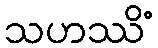
သဟဿိံ